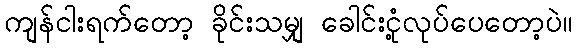
ကျန်ငါးရက်တော့ ခိုင်းသမျှ ခေါင်းငုံ့လုပ်ပေတော့ပဲ။